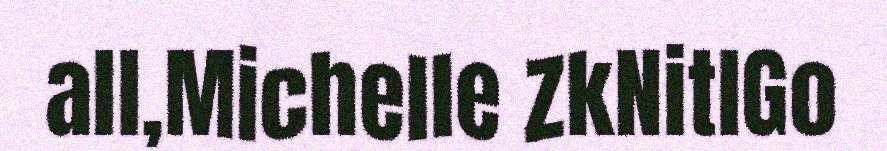
all,Michelle ZkNitlGo